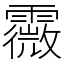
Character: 霺